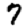
Digit: 7